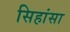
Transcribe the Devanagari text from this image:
सिहांसा